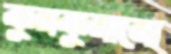
কুনকুনানো